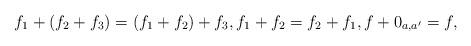
LaTeX: \begin{align*} f_1+(f_2+f_3)=(f_1+f_2)+f_3,f_1+f_2=f_2+f_1,f+0_{a,a'}=f,\end{align*}